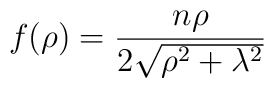
f(\rho) = {n\rho\over 2\sqrt{\rho^{2}+\lambda^{2}}}